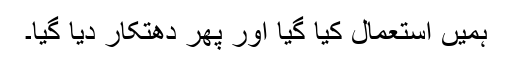
ہمیں استعمال کیا گیا اور پھر دھتکار دیا گیا۔